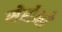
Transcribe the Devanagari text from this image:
सेरोनो